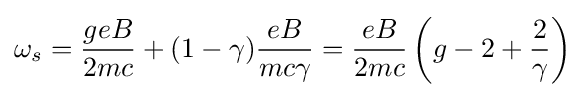
\omega _{s}={\frac {geB}{2mc}}+(1-\gamma ){\frac {eB}{mc\gamma }}={\frac {eB}{2mc}}\left(g-2+{\frac {2}{\gamma }}\right)